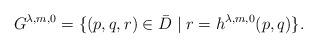
LaTeX: \begin{align*} G^{\lambda,m,0} = \{(p,q,r) \in \bar{D} \;|\; r=h^{\lambda,m,0}(p,q)\}.\end{align*}